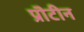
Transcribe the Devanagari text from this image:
प्रॊटीन